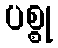
ပစ္စု